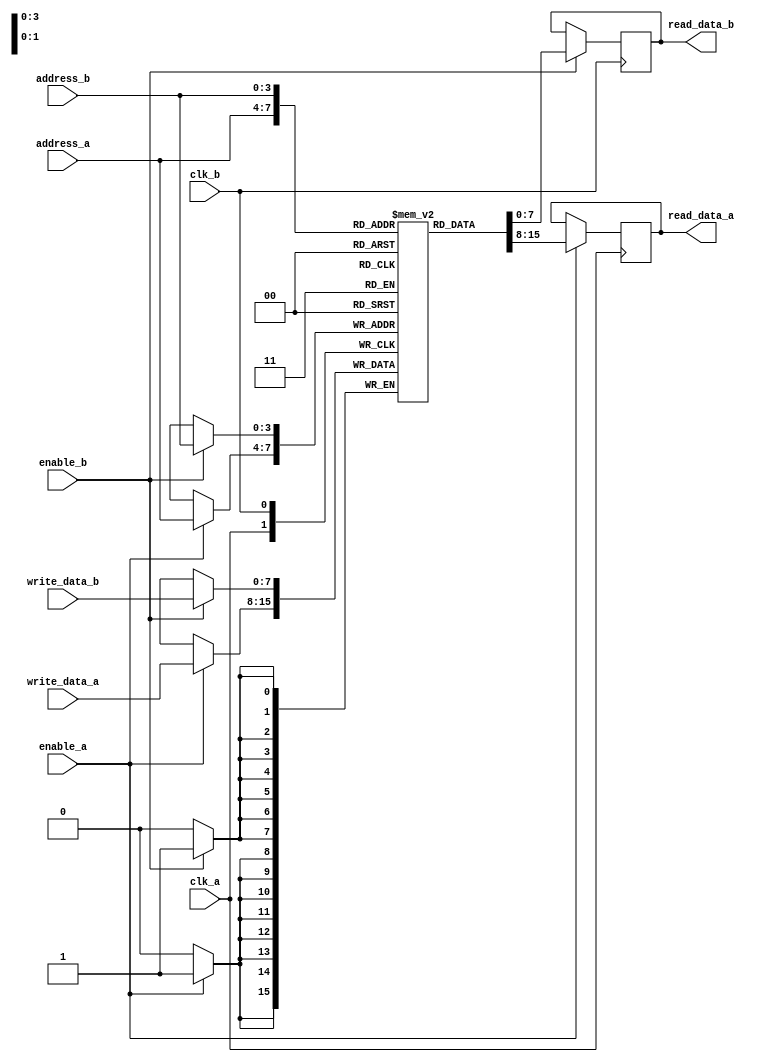
module memory_block (
    input wire clk_a,
    input wire clk_b,
    input wire enable_a,
    input wire enable_b,
    input wire [7:0] write_data_a,
    input wire [7:0] write_data_b,
    input wire [3:0] address_a,
    input wire [3:0] address_b,
    output reg [7:0] read_data_a,
    output reg [7:0] read_data_b
);

    reg [7:0] mem [15:0]; // Memory array of 16 x 8 bits

    always @(posedge clk_a) begin
        if (enable_a) begin
            read_data_a <= mem[address_a]; // Read operation
        end
    end

    always @(posedge clk_b) begin
        if (enable_b) begin
            read_data_b <= mem[address_b]; // Read operation
        end
    end

    always @(posedge clk_a) begin
        if (enable_a) begin
            mem[address_a] <= write_data_a; // Write operation
        end
    end

    always @(posedge clk_b) begin
        if (enable_b) begin
            mem[address_b] <= write_data_b; // Write operation
        end
    end

endmodule